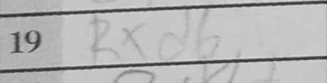
Transcription: Rxd6